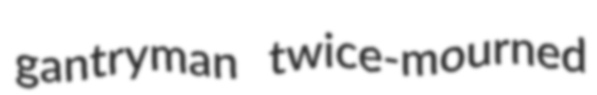
gantryman twice-mourned